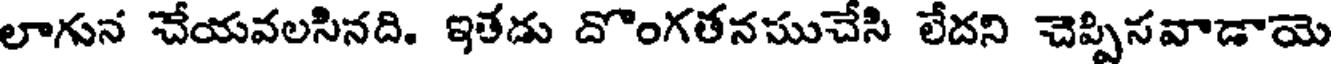
లాగున చేయవలసినది. ఇతడు దొంగతనముచేసి లేదని చెప్పిసవాడాయె